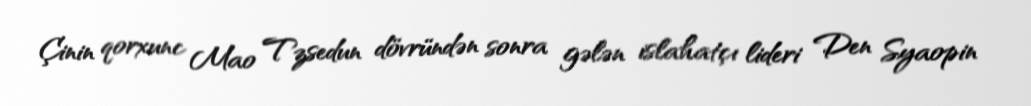
Çinin qorxunc Mao Tzsedun dövründən sonra gələn islahatçı lideri Den Syaopin